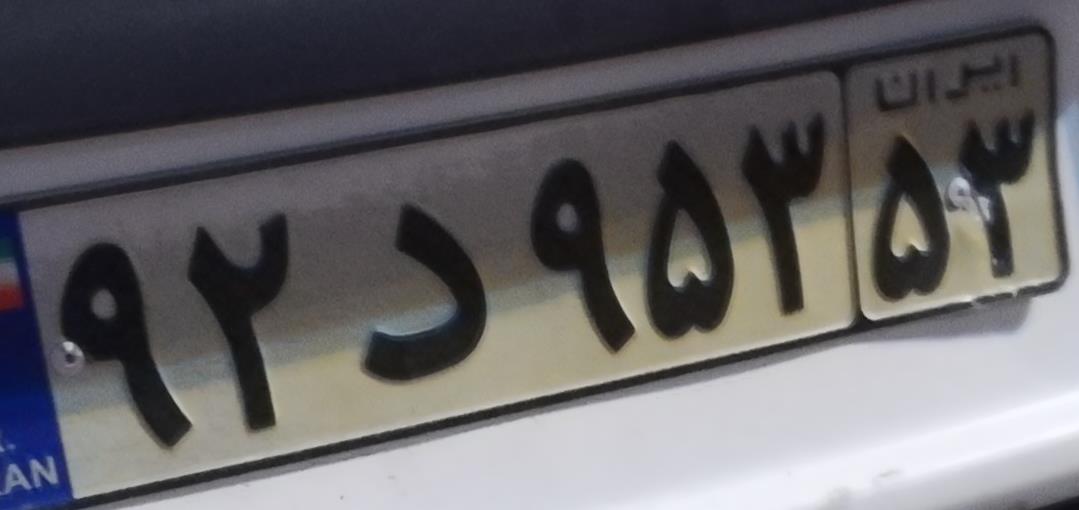
۹۲د۹۵۳۵۳